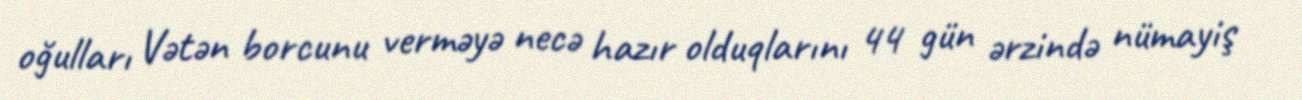
oğulları Vətən borcunu verməyə necə hazır olduqlarını 44 gün ərzində nümayiş